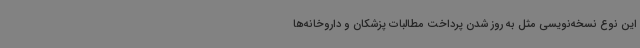
این نوع نسخه‌نویسی مثل به روز شدن پرداخت مطالبات پزشکان و داروخانه‌ها